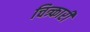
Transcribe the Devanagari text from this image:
चित्र्कारी